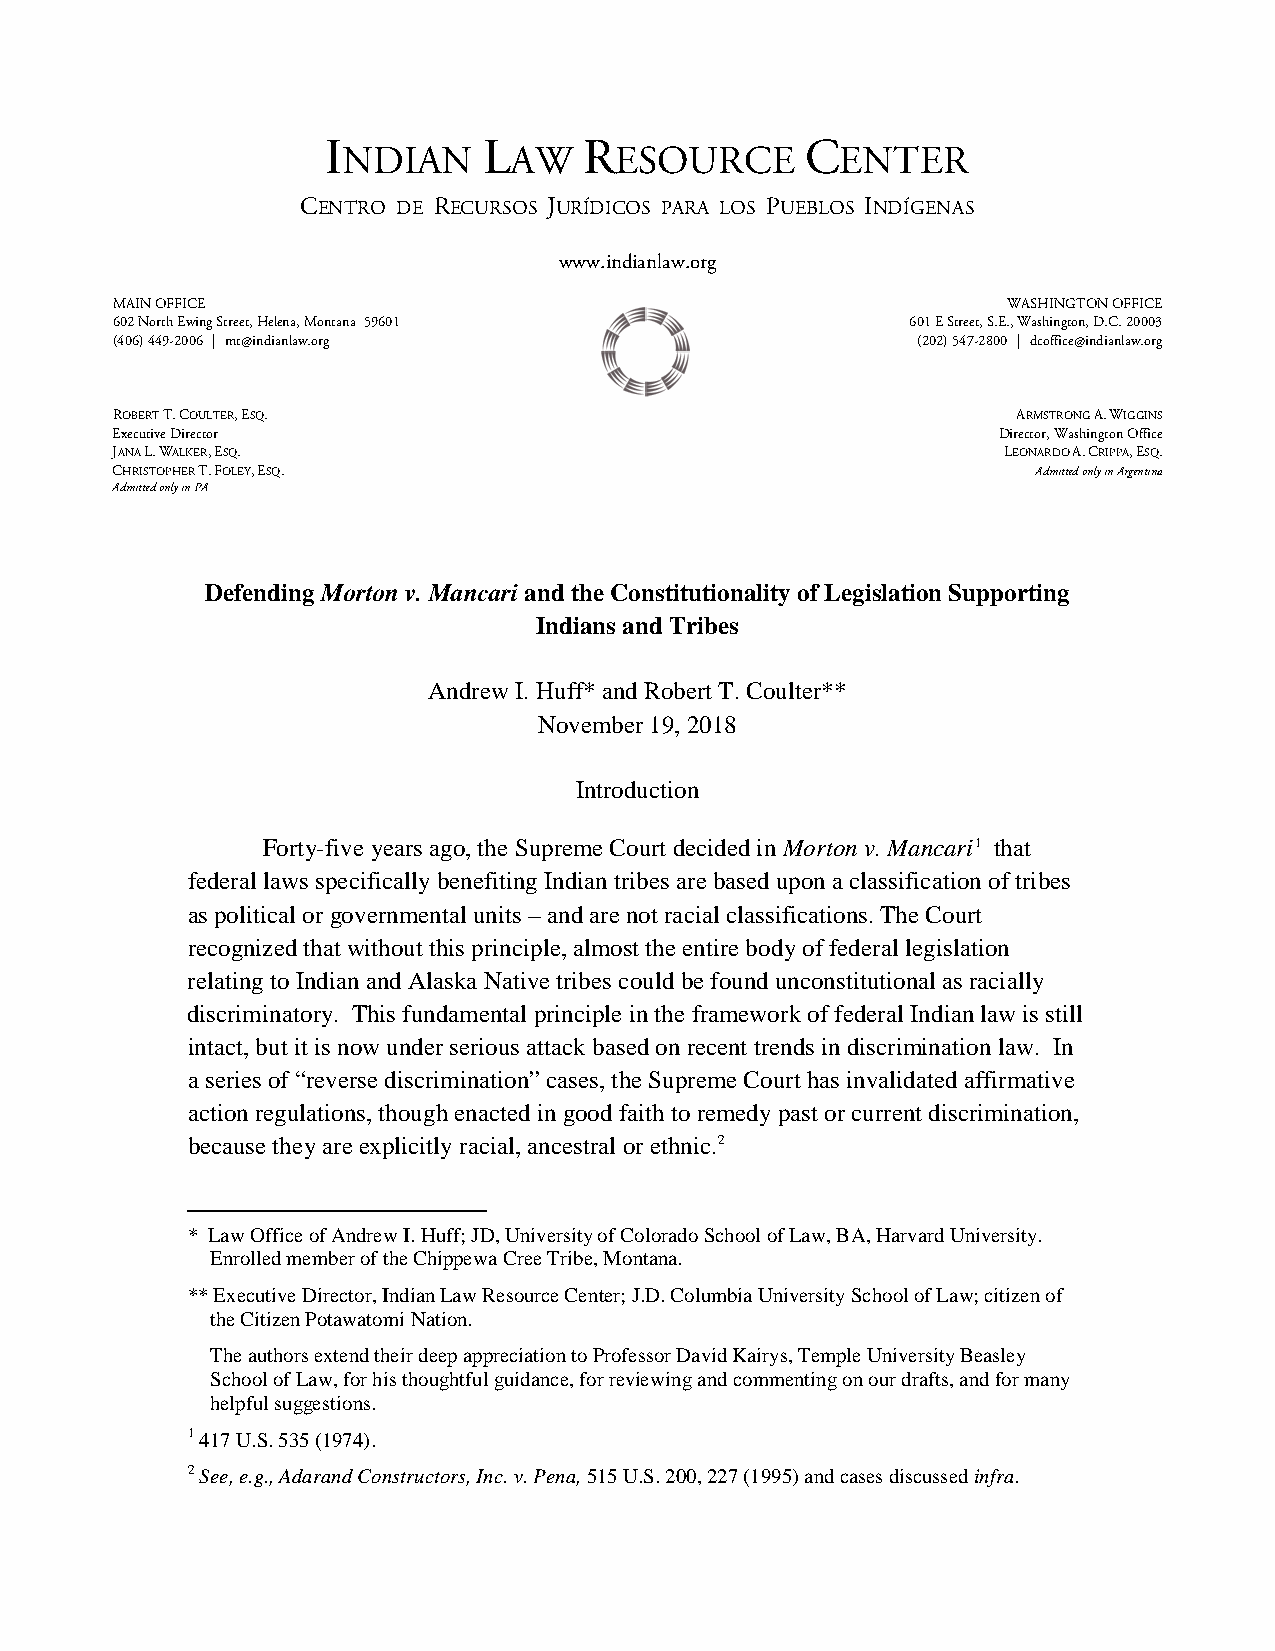
I         L      R             C
 NDIAN      AW     ESOURCE        ENTER
 CENTRO DE RECURSOS JURÍDICOS PARA LOS PUEBLOS INDÍGENAS
 www.indianlaw.org
 MAIN OFFICE                                                 WASHINGTON OFFICE
 602 North Ewin g Street, Helena, Montana 59601       601 E Street, S.E. , W ashington, D.C. 20003
 (406) 449-2006 | mt@indianlaw.org                     (202) 547-2800 | dcoffice@indianlaw.org
 ROBERT T. COULTER, ESQ.                                     ARMSTRONG A. WIGGINS
 Executive Director                                         Director, Washington Office
 JANA L. WALKER, ESQ.                                       LEONARDO A. CRIPPA, ESQ.
 CHRISTOPHER T. FOLEY, ESQ.                                    Admitted only in Argentina
 Admitted only in PA
 Defending Morton v. Mancari and the Constitutionality of Legislation Supporting
 Indians and Tribes
 Andrew I. Huff* and Robert T. Coulter**
 November 19, 2018
 Introduction
 Forty-five years ago, the Supreme Court decided in Morton v. Mancari1 that
 federal laws specifically benefiting Indian tribes are based upon a classification of tribes
 as political or governmental units – and are not racial classifications. The Court
 recognized that without this principle, almost the entire body of federal legislation
 relating to Indian and Alaska Native tribes could be found unconstitutional as racially
 discriminatory. This fundamental principle in the framework of federal Indian law is still
 intact, but it is now under serious attack based on recent trends in discrimination law. In
 a series of “reverse discrimination” cases, the Supreme Court has invalidated affirmative
 action regulations, though enacted in good faith to remedy past or current discrimination,
 because they are explicitly racial, ancestral or ethnic.2
 * Law Office of Andrew I. Huff; JD, University of Colorado School of Law, BA, Harvard University.
 Enrolled member of the Chippewa Cree Tribe, Montana.
 ** Executive Director, Indian Law Resource Center; J.D. Columbia University School of Law; citizen of
 the Citizen Potawatomi Nation.
 The authors extend their deep appreciation to Professor David Kairys, Temple University Beasley
 School of Law, for his thoughtful guidance, for reviewing and commenting on our drafts, and for many
 helpful suggestions.
 1 417 U.S. 535 (1974).
 2 See, e.g., Adarand Constructors, Inc. v. Pena, 515 U.S. 200, 227 (1995) and cases discussed infra.